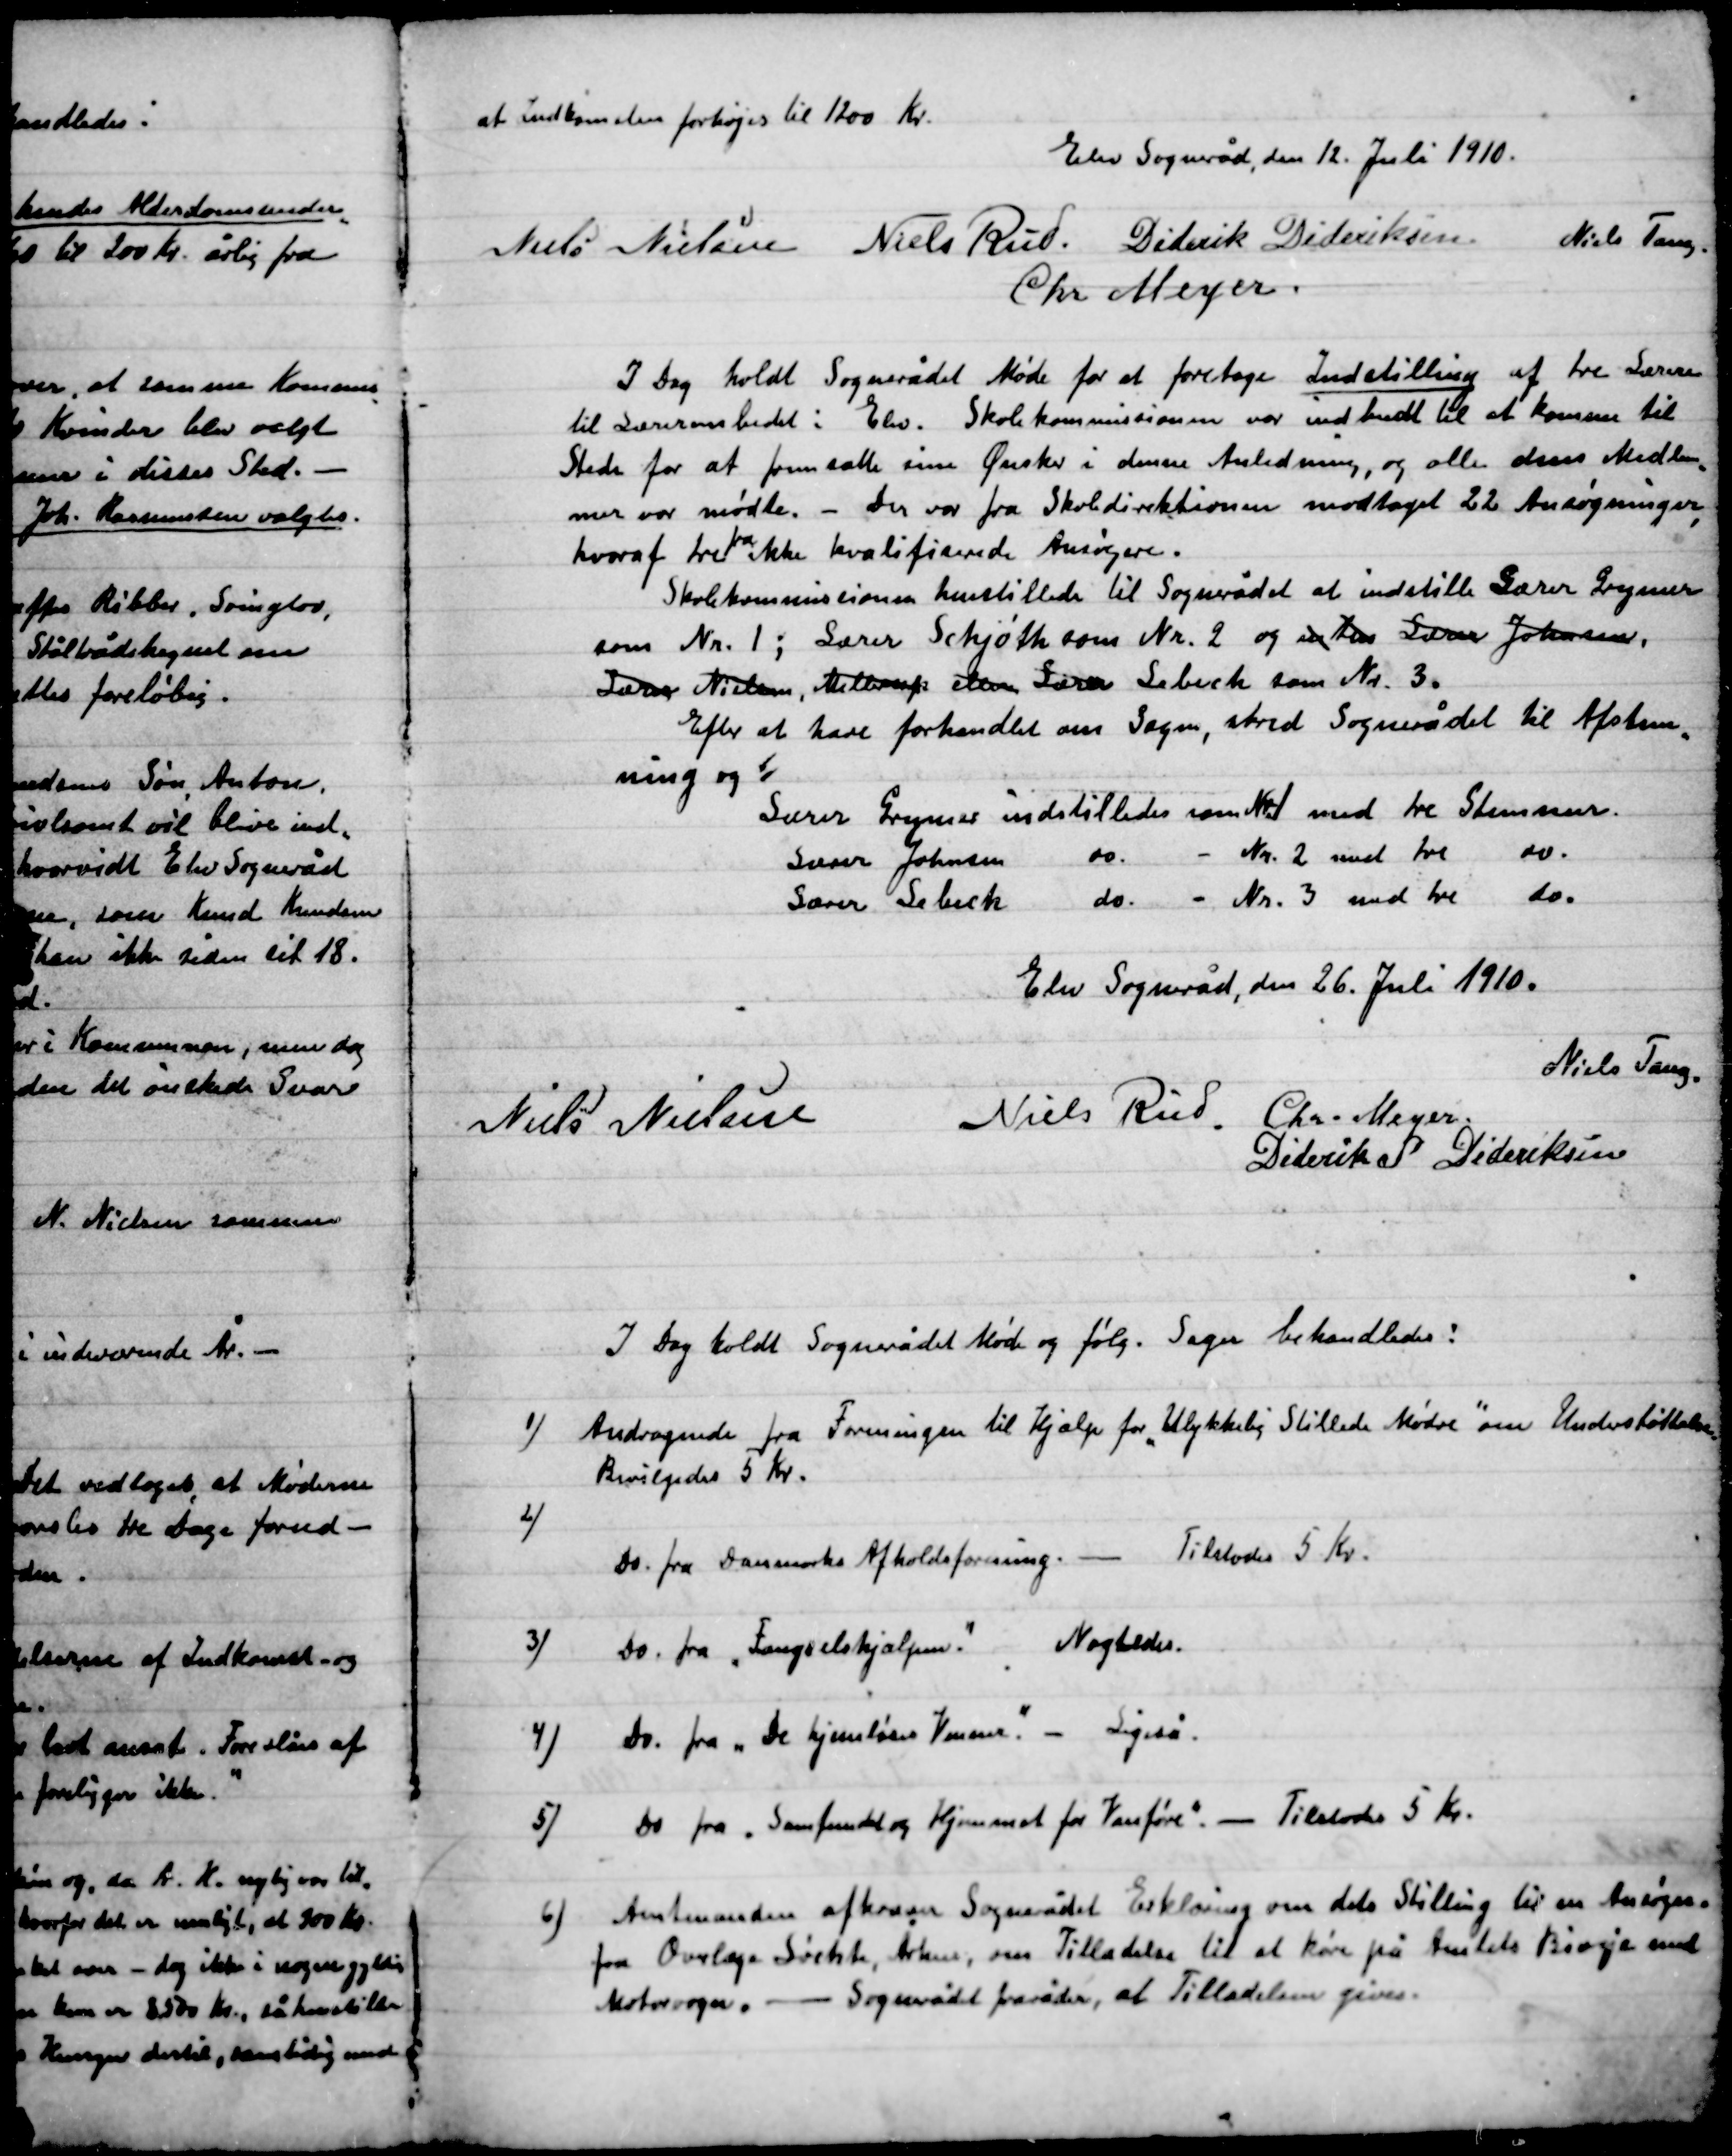
Transskription:
at indkomst den forhøjes til 1200 Kr.

Elev Sogneråd, den 12, Juli. 1910.

Niels Nielsen
Niels Rud
Diderik Dideriksen
Niels Tang.
Chr. Meyer

I Dag holdt Sognerådet Møde for at foretage Indstilling af tre Lærer
til Lærerembedet i Elev. Skolekommissionen var indbudt til at komme til
Stede for at fremsætte sine Ønsker i denne Anledning, og alle dens Medlem-
mer var mødte. – Der var fra Skoledirektionen modtaget 22 Ansøgninger
hvoraf tre fra ikke kvalificerede Ansøgninger.
Skolekommissionen henstillede til Sognerådet at indstille Lærer Grymer
som Nr. 1.; Lærer Schjøth som Nr. 2 og en den Lærer Johansen,
Lærer Nielsen, Mellerup eller Lærer Lebech som Nr. 3.
Efter at have forhandlet om Sagen, skred Sognerådet til Afstem-
ning og:
Lærer Grymer indstilledes med tre Stemmer
Lærer Johansen med tre – do.
Lærer Sebech med tre – do.

Elev Sogneråd, den 26, Juli. 1910.

Niels Tang.
Niels Nielsen
Niels Rud
Chr. Meyer
Diderik S. Dideriksen.

I Dag holdt Sognerådet Møde og følg. Sager Behandledes:

1)

Andragende fra Foreningen til Hjælp for Ulykkelig Stillede Mødre om Understøttelse.
Bevilgedes 5 Kr.

2)

Do – fra ”Danmarks Afholdsforening”. – Tilstodes 5 Kr.

3)

Do – fra” Fængselshjælpen”. – Nægtedes.

4)

Do – fra ”De hjemløses Venner” – Ligeså.

5)

Do – fra ”Samfundet og Hjemmet for Vanføre”. – Tilstodes 5 Kr.

6)

Amtmanden afkræver Sognerådet Erklæring om dets Stilling til en Ansøgning
fra Overlæge Løchte, Århus om Tilladelse til at køre på Amtets Biveje med
Motorvogn. – Sognerådet fraråder, at Tilladelsen gives.